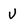
Character: v